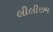
લીલીછમ